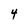
Character: 4